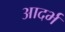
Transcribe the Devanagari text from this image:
आदर्भ